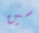
سين